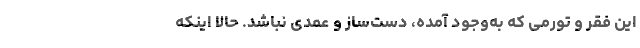
این فقر و تورمی که به‌وجود آمده، دست‌ساز و عمدی نباشد. حالا اینکه